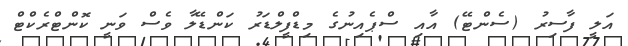
އަލީ ފާސިރު (ސެންޓޭ) އާއި ސްޕެއިނުގެ މިޑްފީލްޑަރު ކަންޑޭލާ ވެސް ވަނީ ކޮންޓްރެކްޓް